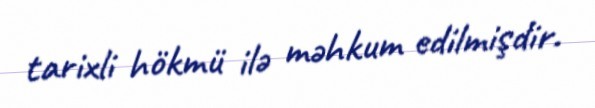
tarixli hökmü ilə məhkum edilmişdir.